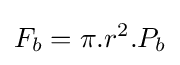
F_{b}=\pi .r^{2}.P_{b}